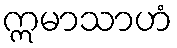
ဣမာသာဟံ